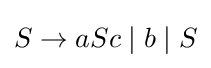
S\to aSc\mid b\mid S